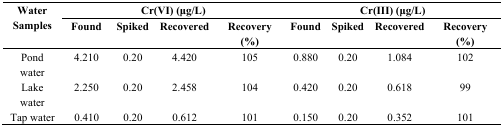
<table><thead><tr><td rowspan="2"><b>Water Samples</b></td><td colspan="4"><b>Cr(VI) (μg/L)</b></td><td colspan="4"><b>Cr(III) (μg/L)</b></td></tr><tr><td><b>Found </b></td><td><b>Spiked</b></td><td><b>Recovered</b></td><td><b>Recovery (%)</b></td><td><b>Found </b></td><td><b>Spiked</b></td><td><b>Recovered</b></td><td><b>Recovery (%)</b></td></tr></thead><tbody><tr><td>Pond water</td><td>4.210</td><td>0.20</td><td>4.420</td><td>105</td><td>0.880</td><td>0.20</td><td>1.084</td><td>102</td></tr><tr><td>Lake water</td><td>2.250</td><td>0.20</td><td>2.458</td><td>104</td><td>0.420</td><td>0.20</td><td>0.618</td><td>99</td></tr><tr><td>Tap water</td><td>0.410 </td><td>0.20</td><td>0.612</td><td>101</td><td>0.150</td><td>0.20</td><td>0.352</td><td>101</td></tr></tbody></table>